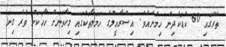
ތެރޭގައި 60 ކުޑަކުދިން ހިމެނެއެވެ. އިސްރާއީލްގެ ހަމަލާތަކުގައި މިހާތަނަށް ހާހަކަށް ވުރެ ގިނަ